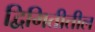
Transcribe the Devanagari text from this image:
द्विमितीतील